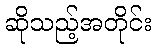
ဆိုသည့်အတိုင်း